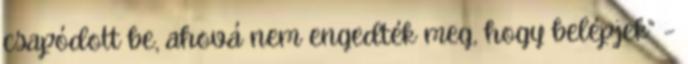
csapódott be, ahová nem engedték meg, hogy belépjek” –